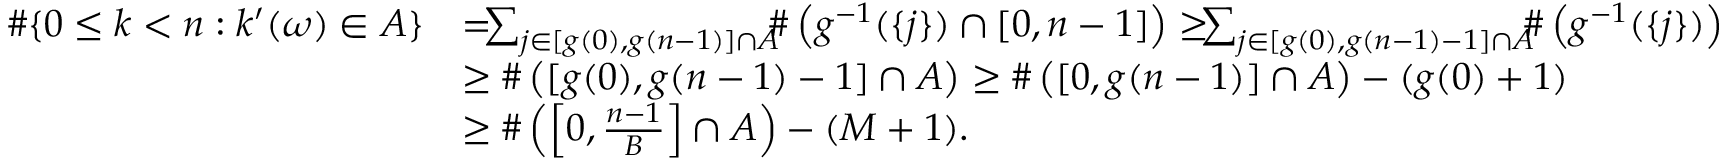
\begin{array} { r l } { \# \{ 0 \leq k < n : k ^ { \prime } ( \omega ) \in A \} } & { = \! \! \! \sum _ { j \in [ g ( 0 ) , g ( n - 1 ) ] \cap A } \! \! \! \# \left( g ^ { - 1 } ( \{ j \} ) \cap [ 0 , n - 1 ] \right) \geq \! \! \! \sum _ { j \in [ g ( 0 ) , g ( n - 1 ) - 1 ] \cap A } \! \! \! \# \left( g ^ { - 1 } ( \{ j \} ) \right) } \\ & { \geq \# \left( [ g ( 0 ) , g ( n - 1 ) - 1 ] \cap A \right) \geq \# \left( [ 0 , g ( n - 1 ) ] \cap A \right) - ( g ( 0 ) + 1 ) } \\ & { \geq \# \left( \left[ 0 , \frac { n - 1 } { B } \right] \cap A \right) - ( M + 1 ) . } \end{array}